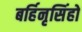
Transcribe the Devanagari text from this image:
बर्हिनृसिंहो